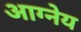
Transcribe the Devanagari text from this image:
अाग्नेय